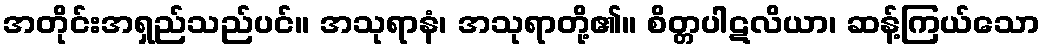
အတိုင်းအရှည်သည်ပင်။ အသုရာနံ၊ အသုရာတို့၏။ စိတ္တပါဋလိယာ၊ ဆန့်ကြယ်သော